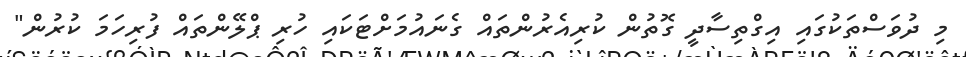
މި ދުވަސްތަކުގައި އިގްތިސާދީ ގޮތުން ކުރިއެރުންތައް ގެނައުމަށްޓަކައި ހުރި ޕްލޭންތައް ފުރިހަމަ ކުރުން"